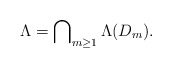
\begin{align*}\Lambda = \bigcap\nolimits_{m \ge 1} \Lambda(D_{m}). \end{align*}